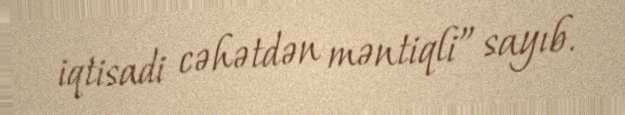
iqtisadi cəhətdən məntiqli” sayıb.